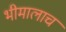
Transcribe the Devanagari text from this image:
भीमालाच